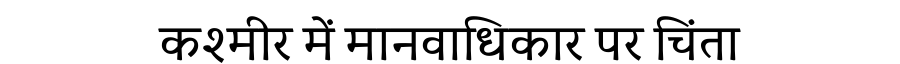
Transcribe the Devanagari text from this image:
कश्मीर में मानवाधिकार पर चिंता